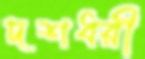
দশধরী